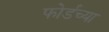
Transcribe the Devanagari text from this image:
फोर्डच्या